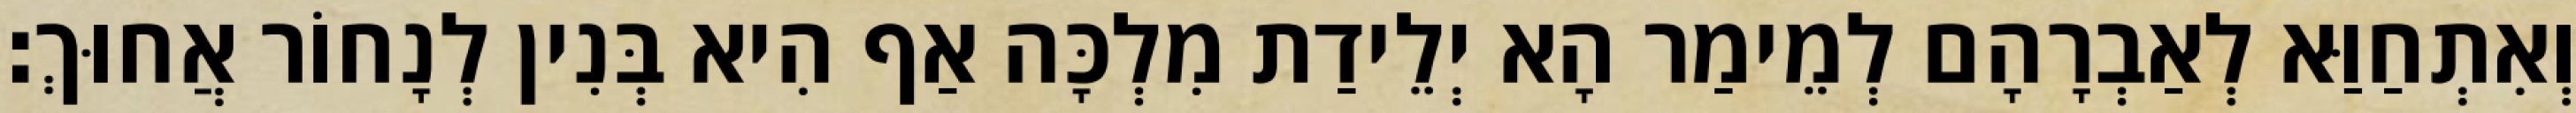
וְאִתְחַוַּא לְאַבְרָהָם לְמֵימַר הָא יְלֵידַת מִלְכָּה אַף הִיא בְּנִין לְנָחוֹר אֲחוּךְ׃